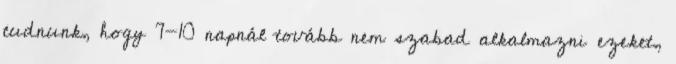
tudnunk, hogy 7-10 napnál tovább nem szabad alkalmazni ezeket,